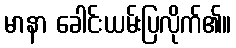
မာနာ ခေါင်းယမ်းပြလိုက်၏။